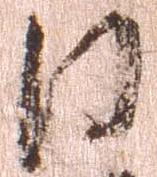
日